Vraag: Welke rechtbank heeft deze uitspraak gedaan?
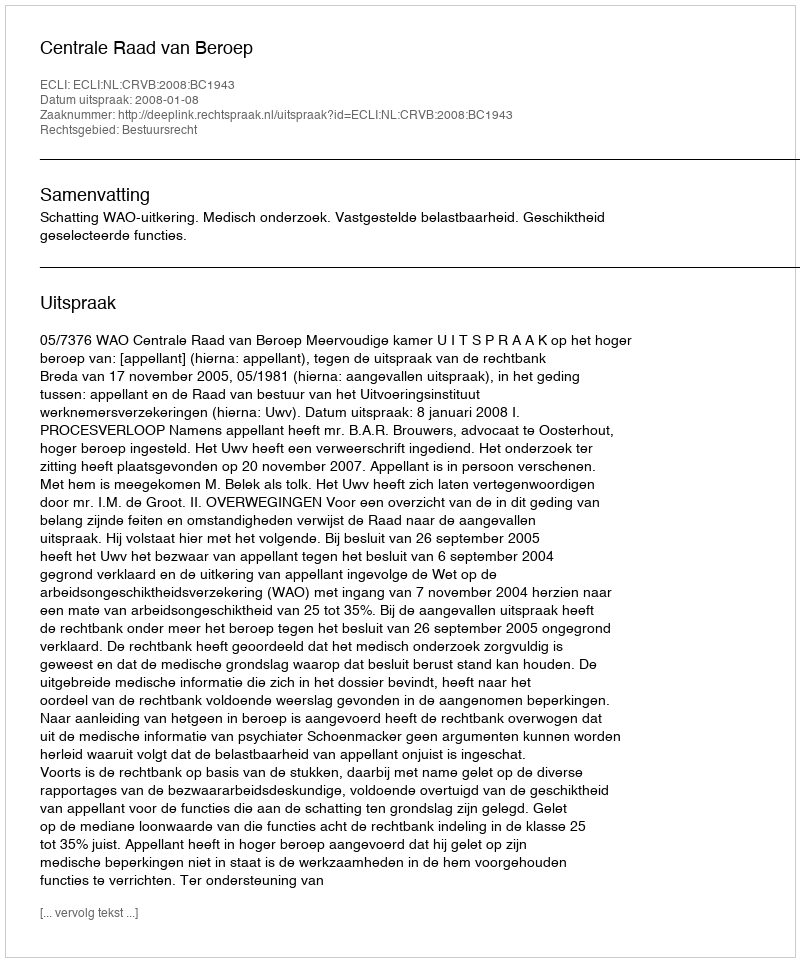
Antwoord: Centrale Raad van Beroep